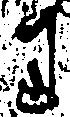
り